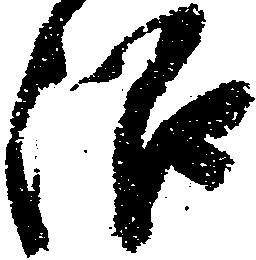
沼